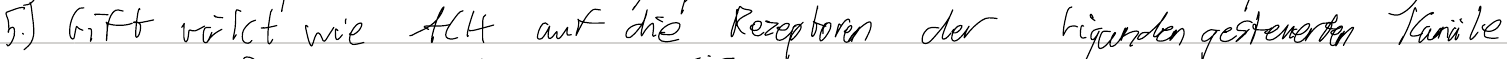
5.) Gift wirkt wie ACH auf die Rezeptoren der Ligandengesteuerten Kanäle